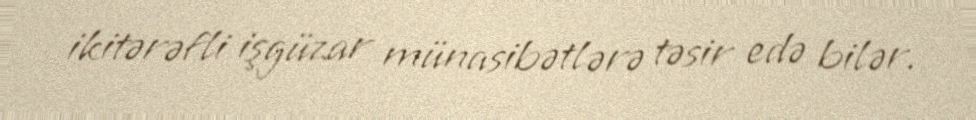
ikitərəfli işgüzar münasibətlərə təsir edə bilər.